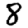
Digit: 8